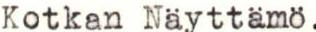
Kotkan Näyttämö.